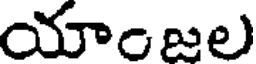
యాంజల